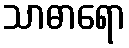
သာဓာရော